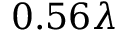
0 . 5 6 \lambda